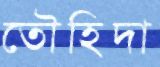
তৌহিদা